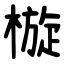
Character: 㯀